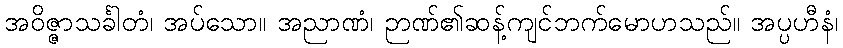
အဝိဇ္ဇာသင်္ခါတံ၊ အပ်သော။ အညာဏံ၊ ဉာဏ်၏ဆန့်ကျင်ဘက်မောဟသည်။ အပ္ပဟီနံ၊